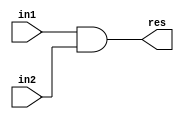
module and_gate (
    in1,
    in2,
    res
);
  input [31:0] in1;
  input [31:0] in2;
  output [31:0] res;

  assign res = in1 & in2;
endmodule